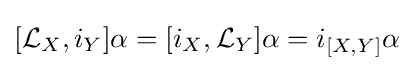
[{\mathcal {L}}_{X},i_{Y}]\alpha =[i_{X},{\mathcal {L}}_{Y}]\alpha =i_{[X,Y]}\alpha